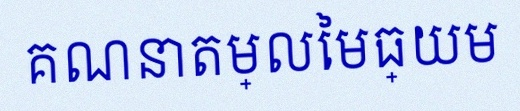
គណនាតម្លៃមធ្យម